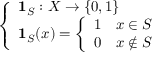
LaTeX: \left\{ \begin{array} { l l } { \mathbf { 1 } _ { S } : X \to \{ 0 , 1 \} } \\ { \mathbf { 1 } _ { S } ( x ) = { \left\{ \begin{array} { l l } { 1 } & { x \in S } \\ { 0 } & { x \notin S } \end{array} \right. } } \end{array} \right.